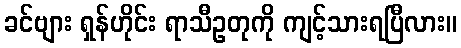
ခင်ဗျား ရှန်ဟိုင်း ရာသီဥတုကို ကျင့်သားရပြီလား။